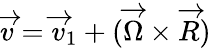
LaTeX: \overrightarrow{v}=\overrightarrow{v}_{1}+(\overrightarrow{\Omega}\times\overrightarrow{R})